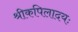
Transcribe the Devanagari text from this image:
श्रीकपिलादयः